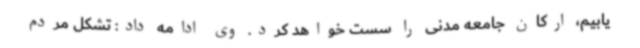
یابیم، ارکان جامعه مدنی را سست خواهد کرد. وی ادامه داد: تشکل مردم